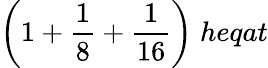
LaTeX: {\bigg(}1+{\frac{1}{8}}+{\frac{1}{16}}{\bigg)}\; heqat